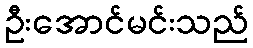
ဦးအောင်မင်းသည်